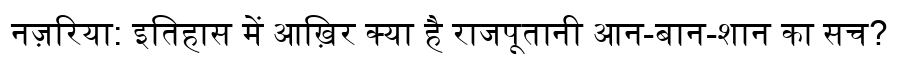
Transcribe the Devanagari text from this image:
नज़रिया: इतिहास में आख़िर क्या है राजपूतानी आन-बान-शान का सच?